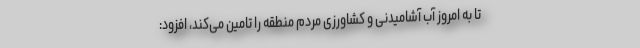
تا به امروز آب آشامیدنی و کشاورزی مردم منطقه را تامین می‌کند، افزود: